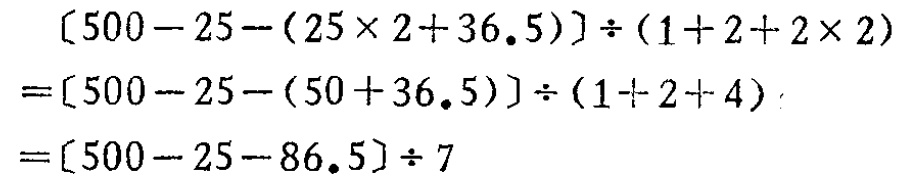
\[
\begin{align*}
&[500 - 25-(25\times2 + 36.5)]\div(1 + 2+2\times2)\\
=&[500 - 25-(50 + 36.5)]\div(1 + 2 + 4)\\
=&[500 - 25-86.5]\div7
\end{align*}
\]